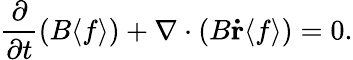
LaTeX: \frac{\partial}{\partial t}(B\langle f\rangle)+\nabla\cdot(B\mathbf{\dot{r}}\langle f\rangle)=0.